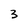
Character: 3